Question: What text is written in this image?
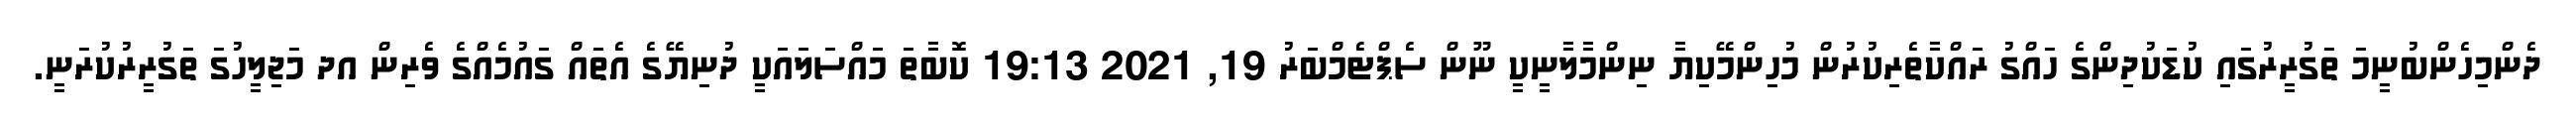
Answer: ދެންމިހެންބުނީމަ ތަގުރީރުގައި ކުޑަކުދިންގެ ހައްގު ރައްކާތެރިކުރުން މުހިންމޭކިޔާ ނިންމާލާނީކީ ނޫން ސެޕްޓެމްބަރު 19, 2021 19:13 ކޮބާތަ މައްސަލައަކީ ދުނިޔޭގެ އެތައް ގައުމެއްގެ ވެރިން އދ މަޖިލީހުގަ ތަގުރީރުކުރަނީ.